Insane asylums in Bengal annual reports 1876-1887 - 1876-1887
Year: 1876
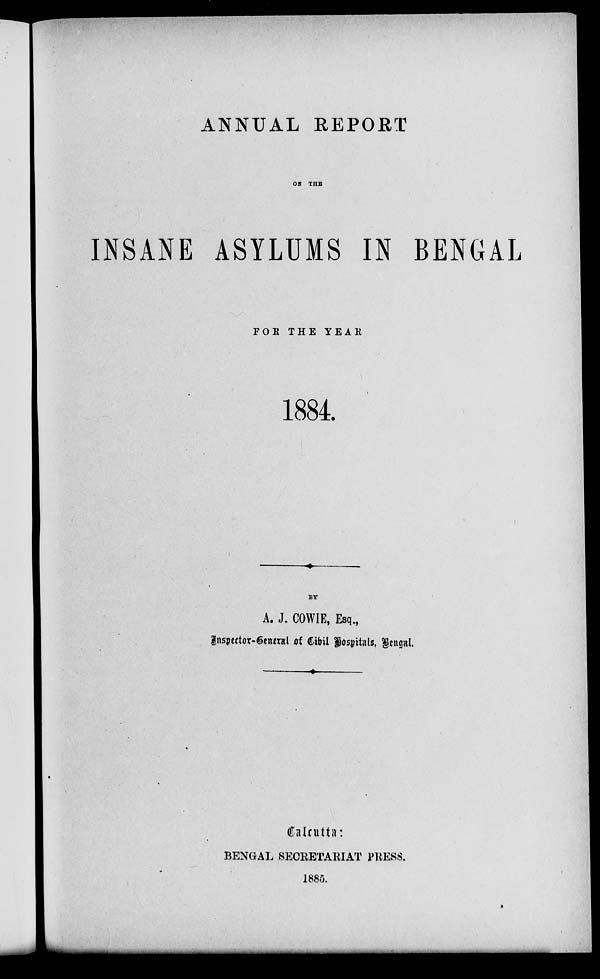
ANNUAL REPORT
ON THE
INSANE ASYLUMS IN BENGAL
FOR THE YEAR
1884.
BY
A. J. COWIE, Esq.,
Inspector-General
of Civil Hospitals, Bengal.
Calcutta:
BENGAL SECRETARIAT PRESS.
1885.